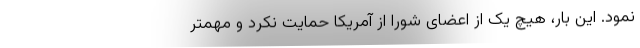
نمود. این بار، هیچ یک از اعضای شورا از آمریکا حمایت نکرد و مهمتر